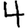
Digit: 4